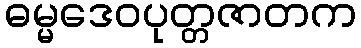
ဓမ္မဒေဝပုတ္တဇာတက